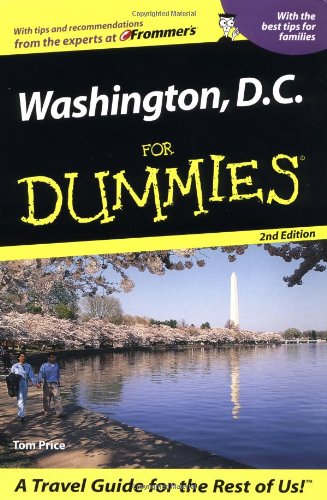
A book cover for Washington, D.C. For Dummies (Dummies Travel); Tom Price; Travel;